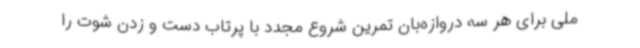
ملی برای هر سه دروازه‌بان تمرین شروع مجدد با پرتاب دست و زدن شوت را